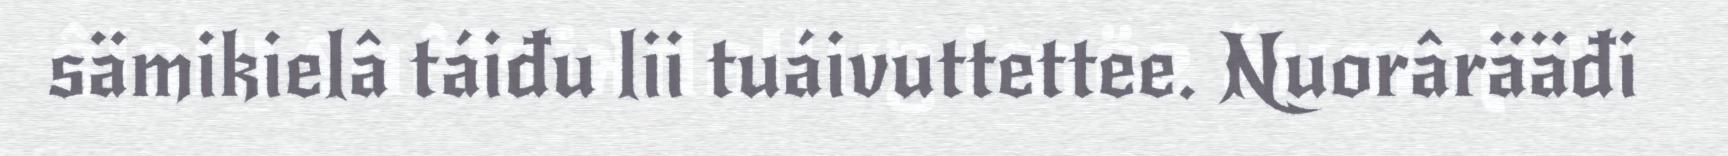
sämikielâ táiđu lii tuáivuttettee. Nuorârääđi